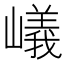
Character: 嶬